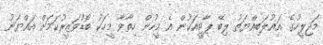
މަޖިލީހުގެ އަޣުލަބިއްޔަތު ލިބޭ ޕާޓީއަކުން އެ މީހުން ހިތާވާ މީހަކު ބޮޑުވަޒީރުކަމަށް އައްޔަނު